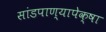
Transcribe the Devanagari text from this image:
सांडपाण्यापेक्षा